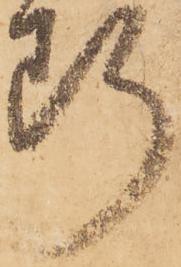
断